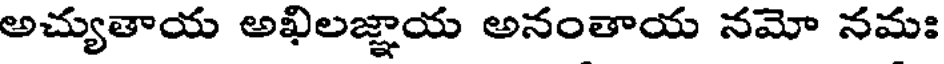
అచ్యుతాయ అఖిలజ్ఞాయ అనంతాయ నమో నమః